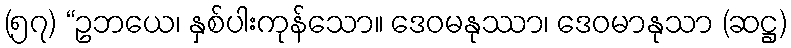
(၅၇) “ဥဘယေ၊ နှစ်ပါးကုန်သော။ ဒေဝမနုဿာ၊ ဒေဝမာနုသာ (ဆဋ္ဌ)